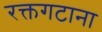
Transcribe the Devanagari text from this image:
रक्तगटाना